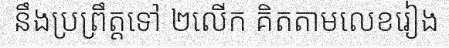
នឹងប្រព្រឹត្តទៅ ២លើក គិតតាមលេខរៀង